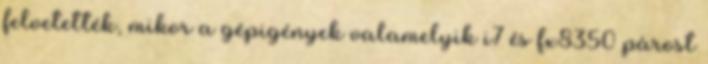
felvetették, mikor a gépigények valamelyik i7 és fx8350 párost